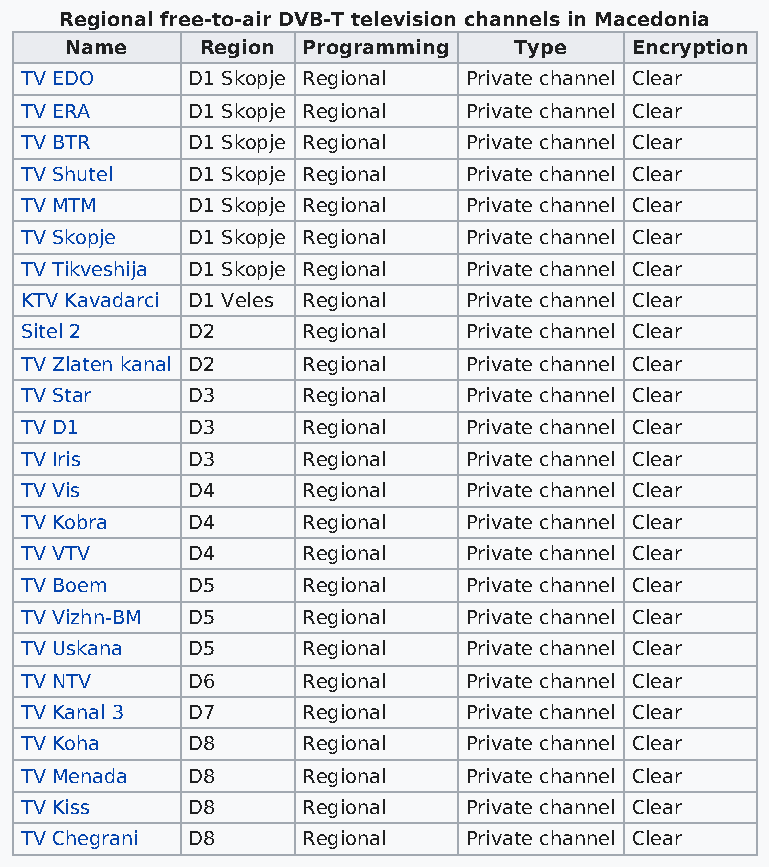
Regional free-to-air DVB-T television channels in Macedonia
 Name     Region Programming   Type    Encryption
 TV EDO     D1 Skopje Regional Private channel Clear
 TV ERA     D1 Skopje Regional Private channel Clear
 TV BTR     D1 Skopje Regional Private channel Clear
 TV Shutel  D1 Skopje Regional Private channel Clear
 TV MTM     D1 Skopje Regional Private channel Clear
 TV Skopje  D1 Skopje Regional Private channel Clear
 TV Tikveshija D1 Skopje Regional Private channel Clear
 KTV Kavadarci D1 Veles Regional Private channel Clear
 Sitel 2    D2      Regional   Private channel Clear
 TV Zlaten kanal D2 Regional   Private channel Clear
 TV Star    D3      Regional   Private channel Clear
 TV D1      D3      Regional   Private channel Clear
 TV Iris    D3      Regional   Private channel Clear
 TV Vis     D4      Regional   Private channel Clear
 TV Kobra   D4      Regional   Private channel Clear
 TV VTV     D4      Regional   Private channel Clear
 TV Boem    D5      Regional   Private channel Clear
 TV Vizhn-BM D5     Regional   Private channel Clear
 TV Uskana  D5      Regional   Private channel Clear
 TV NTV     D6      Regional   Private channel Clear
 TV Kanal 3 D7      Regional   Private channel Clear
 TV Koha    D8      Regional   Private channel Clear
 TV Menada  D8      Regional   Private channel Clear
 TV Kiss    D8      Regional   Private channel Clear
 TV Chegrani D8     Regional   Private channel Clear